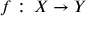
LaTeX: f : \, X \to Y